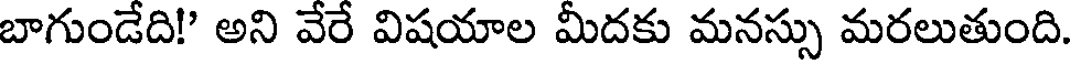
బాగుండేది!' అని వేరే విషయాల మీదకు మనస్సు మరలుతుంది